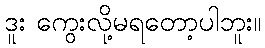
ဒူး ကွေးလို့မရတော့ပါဘူး။